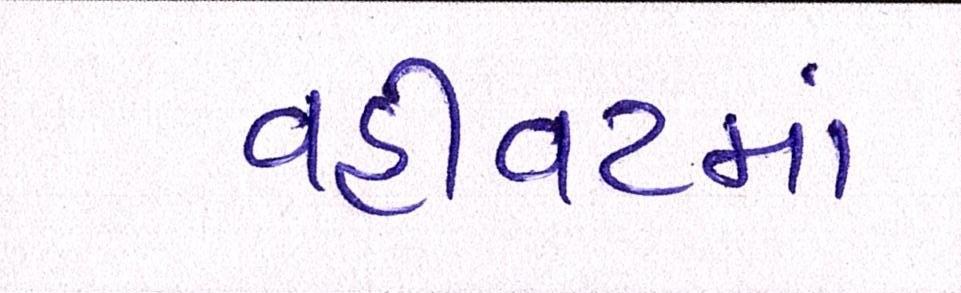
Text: વહીવટમાં